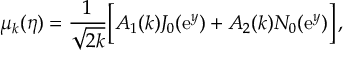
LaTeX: \mu _ { k } ( \eta ) = \frac { 1 } { \sqrt { 2 k } } \biggl [ A _ { 1 } ( k ) J _ { 0 } ( \mathrm { e } ^ { y } ) + A _ { 2 } ( k ) N _ { 0 } ( \mathrm { e } ^ { y } ) \biggr ] \, ,